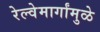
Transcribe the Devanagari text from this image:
रेल्वेमार्गांमुळे